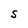
Character: S